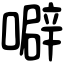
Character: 噼